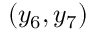
( y _ { 6 } , y _ { 7 } )